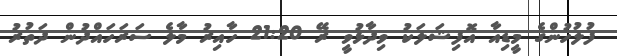
ފުލުހުންގެ މީޑިއާ އޮފިޝަލަކު ވިދާޅުވީ ރޭ 21:20 ހާއިރު މާލެ ސަރަހައްދުން ދަތުރު